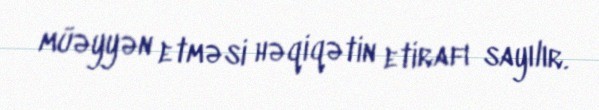
müəyyən etməsi həqiqətin etirafı sayılır.